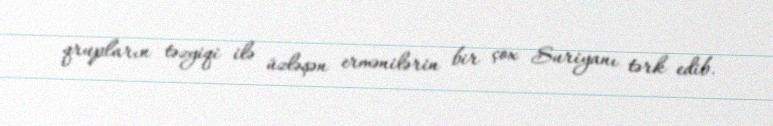
qrupların təzyiqi ilə üzləşən ermənilərin bir çox Suriyanı tərk edib.